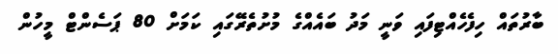
ބާރުތައް ހިފެހެއްޓިފައި ވަނީ މަދު ބައެއްގެ މުށުތެރޭގައި ކަމަށް 80 ޕަސެންޓް މީހުން